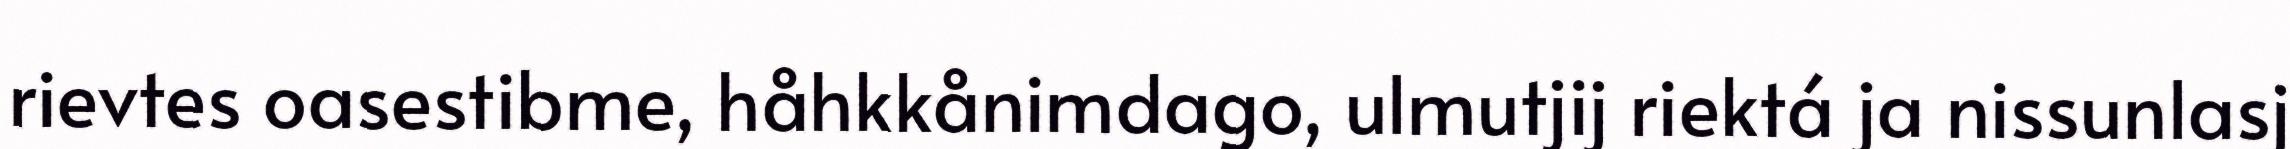
rievtes oasestibme, håhkkånimdago, ulmutjij riektá ja nissunlasj